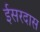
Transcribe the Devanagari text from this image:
ईसरदास